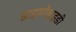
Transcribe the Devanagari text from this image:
डाइपोडाइडी